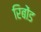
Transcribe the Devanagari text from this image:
रिबोंड